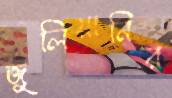
জুলিয়ানির